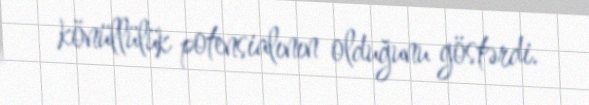
könüllülük potensialının olduğunu göstərdi.